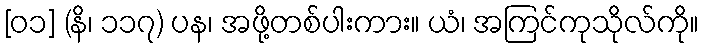
[၀၁] (နိ၊ ၁၁၇) ပန၊ အဖို့တစ်ပါးကား။ ယံ၊ အကြင်ကုသိုလ်ကို။